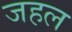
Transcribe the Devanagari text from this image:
जहल